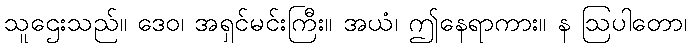
သူဌေးသည်။ ဒေဝ၊ အရှင်မင်းကြီး။ အယံ၊ ဤနေရာကား။ န ဩပါတော၊